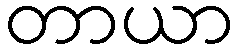
တာယာ